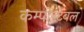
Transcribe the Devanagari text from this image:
कम्पोस्टेबल